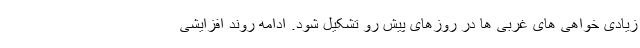
زیادی خواهی های غربی ها در روزهای پیش رو تشکیل شود. ادامه روند افزایشی